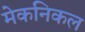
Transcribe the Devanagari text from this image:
मेकनिकल